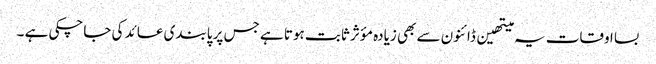
بسا اوقات یہ میتھین ڈائنون سے بھی زیادہ مؤثر ثابت ہوتا ہے جس پر پابندی عائد کی جاچکی ہے ۔